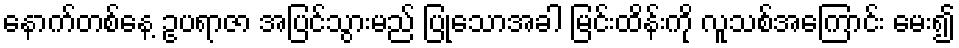
နောက်တစ်နေ့ ဥပရာဇာ အပြင်သွားမည် ပြုသောအခါ မြင်းထိန်းကို လူသစ်အကြောင်း မေး၍